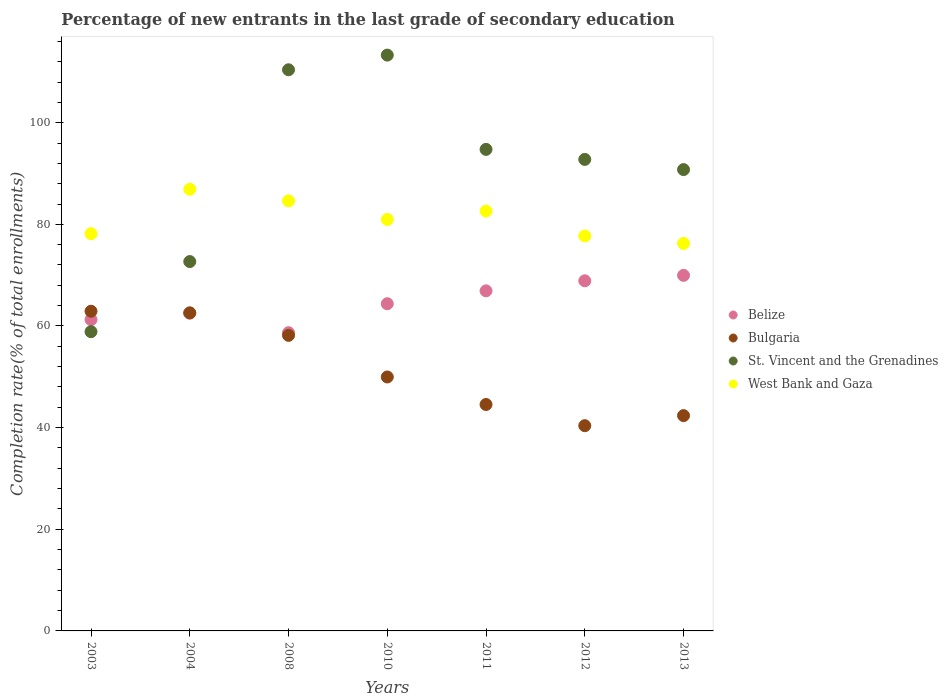
| Years | Belize | Bulgaria | St. Vincent and the Grenadines | West Bank and Gaza |
 | --- | --- | --- | --- | --- |
 | 2003 | 61.3 | 62.9 | 58.9 | 78.2 |
 | 2004 | 62.5 | 62.6 | 72.7 | 86.9 |
 | 2008 | 58.7 | 58.2 | 110 | 84.6 |
 | 2010 | 64.4 | 50 | 113 | 81 |
 | 2011 | 66.9 | 44.6 | 94.7 | 82.6 |
 | 2012 | 68.9 | 40.4 | 92.8 | 77.7 |
 | 2013 | 70 | 42.4 | 90.8 | 76.2 |